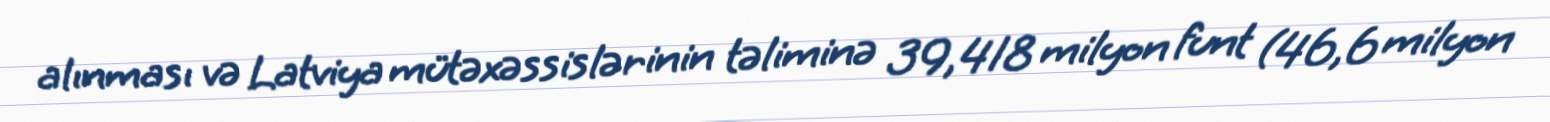
alınması və Latviya mütəxəssislərinin təliminə 39,418 milyon funt (46,6 milyon